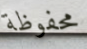
محفوظة